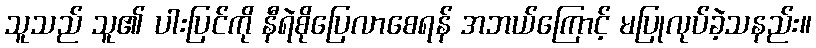
သူသည် သူ၏ ပါးပြင်ကို နီရဲစိုပြေလာစေရန် အဘယ်ကြောင့် မပြုလုပ်ခဲ့သနည်း။